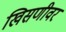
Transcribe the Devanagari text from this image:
खिसणीवर